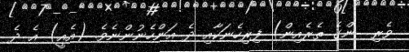
ވެރި  ންގެ ތެރެއިން) ފިރިހެނަކާއި ދެ އަންހެނުންނެވެ. (އެއީ) އެ ދެ